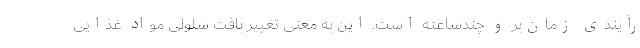
رآیندی زمان‌بر و چندساعته است. این به معنی تغییر بافت سلولی مواد غذایی